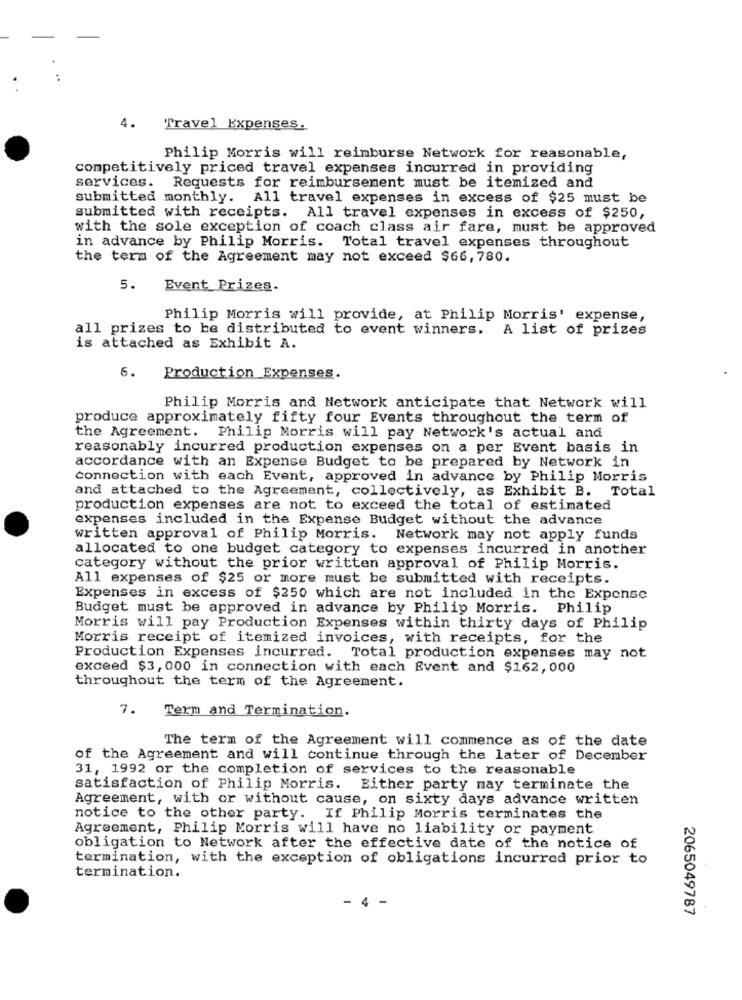
4.
Travel Expenses.
Philip Morris will reimburse Network for reasonable,
competitively priced travel expenses incurred in providing
services. Requests for reimbursement must be itemized and
submitted monthly. All travel expenses in excess of $25 must be
submitted with receipts. All travel expenses in excess of $250,
with the sole exception of coach class air fare, must be approved
in advance by Philip Morris. Total travel expenses throughout
the term of the Agreement may not exceed $66,780.
5.
Event Prizes.
Philip Morris will provide, at Philip Morris' expense,
all prizes to be distributed to event winners. A list of prizes
is attached as Exhibit A.
5.
Production Expenses.
Philip Morris and Network anticipate that Network will
produce approximately fifty four Events throughout the term of
the Agreement. Philip Morris will pay Network's actual and
reasonably incurred production expenses on a per Event basis in
accordance with an Expense Budget to be prepared by Network in
connection with each Event, approved in advance by Philip Morris
and attached to the Agreement, collectively, as Exhibit B. Total
production expenses are not to exceed the total of estimated
expenses included in the Expense Budget without the advance
written approval of Philip Morris. Network may not apply funds
allocated to one budget category to expenses incurred in another
category without the prior written approval of Philip Morris.
All expenses of $25 or more must be submitted with receipts.
Expenses in excess of $250 which are not included in the Expense
Budget must be approved in advance by Philip Morris. Philip
Morris will pay Production Expenses within thirty days of Philip
Morris receipt of itemized invoices, with receipts, for the
Production Expenses incurred. Total production expenses may not
exceed $3, 000 in connection with each Event and $162,000
throughout the term of the Agreement.
7. Term and Termination.
The term of the Agreement will commence as of the date
of the Agreement and will continue through the later of December
31, 1992 or the completion of services to the reasonable
satisfaction of Philip Morris. Either party may terminate the
Agreement, with or without cause, on sixty days advance written
notice to the other party. If Philip Morris terminates the
Agreement, Philip Morris will have no liability or payment
obligation to Network after the effective date of the notice of
termination, with the exception of obligations incurred prior to
termination.
- 4 -
2065049787